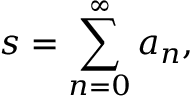
s = \sum _ { n = 0 } ^ { \infty } a _ { n } ,